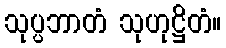
သုပ္ပဘာတံ သုဟုဋ္ဌိတံ။